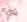
شيء